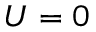
U = 0